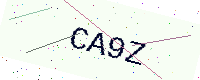
Text: CA9Z